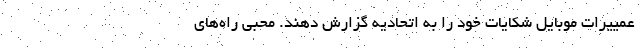
عمییرات موبایل شکایات خود را به اتحادیه گزارش دهند. محبی راه‌های